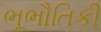
ભૂભૌતિકી